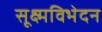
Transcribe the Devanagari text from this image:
सूक्ष्मविभेदन